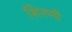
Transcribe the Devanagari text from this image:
शिरणी